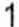
1